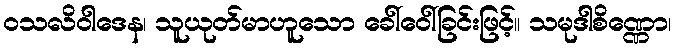
ဝသလိဝါဒေန၊ သူယုတ်မာဟူသော ခေါ်ဝေါ်ခြင်းဖြင့်။ သမုဒါစိဏ္ဏော၊